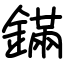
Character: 鏋